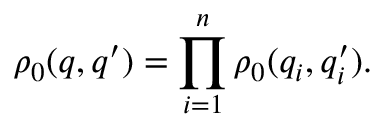
\rho _ { 0 } ( q , q ^ { \prime } ) = \prod _ { i = 1 } ^ { n } \rho _ { 0 } ( q _ { i } , q _ { i } ^ { \prime } ) .